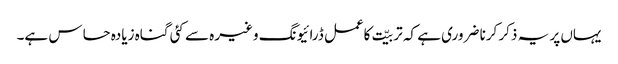
یہاں پر یہ ذکر کرنا ضروری ہے کہ تربیّت کاعمل ڈرائیونگ وغیرہ سے کئی گناہ زیادہ حساس ہے۔